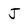
Character: j